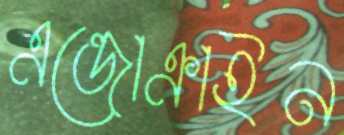
এন্ডোক্রাইন